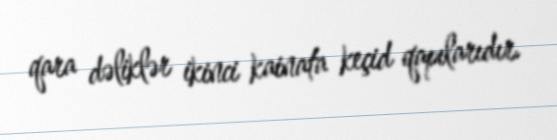
qara dəliklər ikinci kainata keçid qapılarıdır.